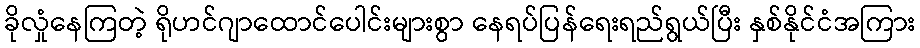
ခိုလှုံနေကြတဲ့ ရိုဟင်ဂျာထောင်ပေါင်းများစွာ နေရပ်ပြန်ရေးရည်ရွယ်ပြီး နှစ်နိုင်ငံအကြား